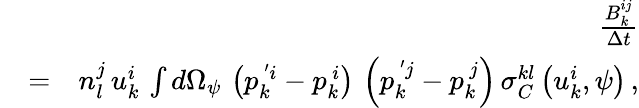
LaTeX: \begin{array}{rlr}&{}&{\frac{B_{k}^{ij}}{\Delta t}}\\ &{=}&{n_{l}^{j}\, u_{k}^{i}\, \int d\Omega_{\psi}\, \left(p_{k}^{\, ^{\prime}i}-p_{k}^{\, i}\right)\, \left(p_{k}^{\, ^{\prime}j}-p_{k}^{\, j}\right)\, \sigma_{C}^{kl}\left(u_{k}^{i},\psi\right)\, ,}\end{array}